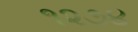
૧૨૭૪